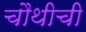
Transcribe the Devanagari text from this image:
चौथीची